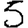
Digit: 5